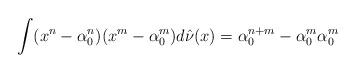
LaTeX: \begin{align*} \int (x^n- \alpha^n_0)(x^m-\alpha^m_0) d\hat{\nu}(x) = \alpha^{n+m}_0 - \alpha^m_0\alpha^m_0 \end{align*}